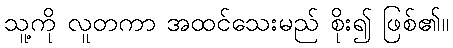
သူ့ကို လူတကာ အထင်သေးမည် စိုး၍ ဖြစ်၏။